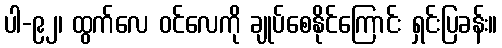
ပါ-၉၂၊ ထွက်လေ ဝင်လေကို ချုပ်စေနိုင်ကြောင်း ရှင်းပြခန်း။